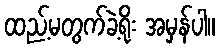
ထည့်မတွက်ခဲ့ရိုး အမှန်ပါ။